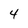
Character: 4